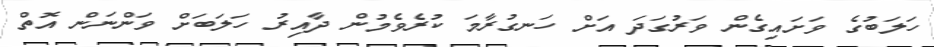
ހަލަބުގެ ވަށައިގެން ވަރުގަދަ އަށް ހަނގުރާމަ ކުރެވެމުން ދާއިރު ހަލަބަށް ވަންނަން އޮތް